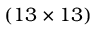
( 1 3 \times 1 3 )